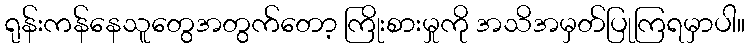
ရုန်းကန်နေသူတွေအတွက်တော့ ကြိုးစားမှုကို အသိအမှတ်ပြုကြရမှာပါ။